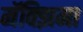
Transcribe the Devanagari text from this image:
मॅक्झिमा